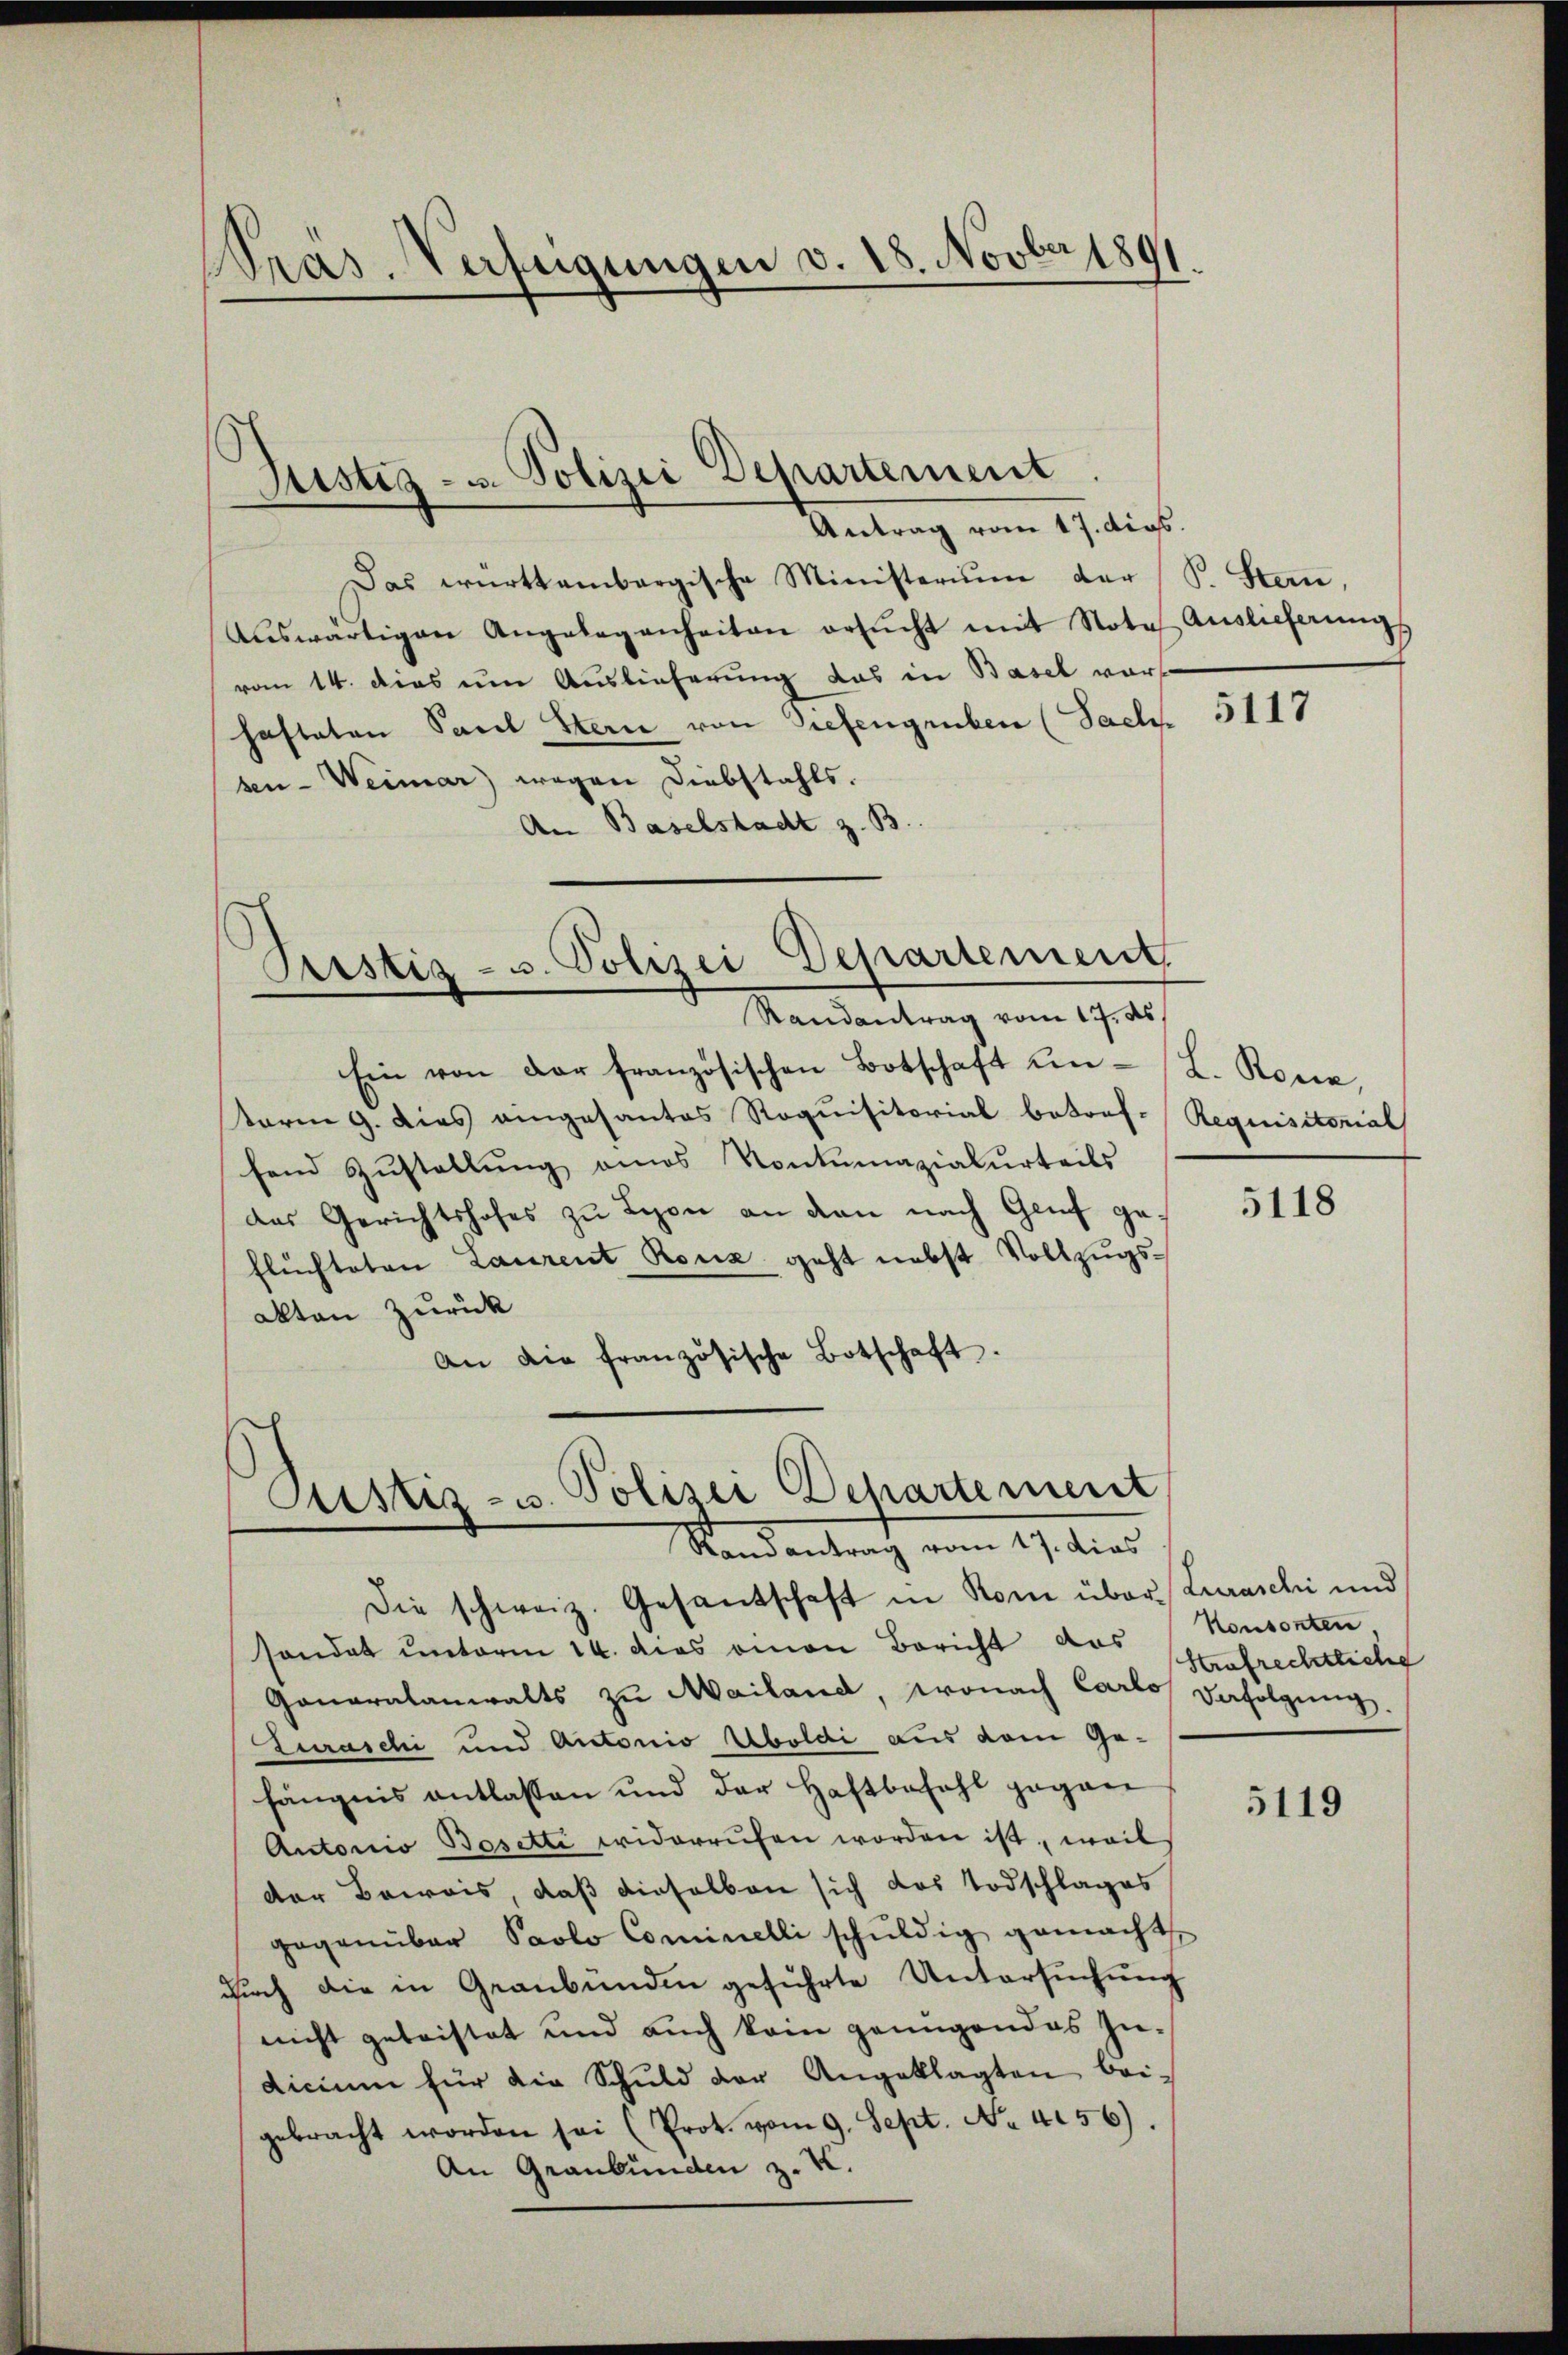
PPras-Verfügungen v. 18. Novber 1891

Justiz- u. Polizei Departement.
Antrag vom 17. dies

Das württembergische Ministerium der
aŭswärtigen Angelegenheiten ersŭcht mit Nota
vom 14. dies um Auslieferung das in Basel vorhafteten Paul Hern von Tiefengruben (Sach
sen-Weimar wegen Diebstahls.
An Baselstadt z. B.
Pristig - u. Polizei Departement
Randantrag vom 17. ds.
Ein von der französischen Botschaft einsterm 9. dies eingesantes Roquisitorial betreffend Zustellung eines Kontumazialurteils
das Gerichtshofes zu Lyon an dan nach Genf ge-
flüchteten Laurent Rouz geht nebst Vollzugsakten zurück
An die französische Botschaft.

Justiz- u. Polizei Departement
Stand antrag vom 17. dies

B. Stern,
Auslieferung

Die schweiz. Gesandschaft in Rom über Zuraschi und
sondet unterm 14. das einen Bericht das Konsenten,
Ganaralanwalts zu Mailand, wonach Carlo Befolgung.
Zuraschi und Autonio Aboldi aus dem Gefängnis entlassen und der Haftbefahl gegan
Antonio Besetti widerrufen worden ist, weil
der Beweis, daß dieselben sich das Todschlages
gegenüber Paolo Cominelli schŭldig gemacht
durch die in Graubünden geführte Untersuchung
nicht geleistet und auch kein genügendes In-
dicium für die Schuld der Angeklagten bei-
gebracht worden sei (Prot. vom 9. Sept. No. 456).
An Graubünden z. K.

5117

L. Rone,
Requisitorial

5118

Strafrechtliche

5119